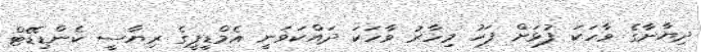
ދިޔާނާގެ ވާހަކަ ފުޅަށް ފަހު މިހާރު ވާހަކަ ދައްކަވަނީ އެމްޑީޕީގެ ރިޔާސީ ކެންޑިޑޭޓް